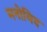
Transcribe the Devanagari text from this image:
मनोविद